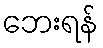
ဘေးရန်